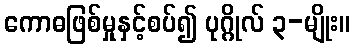
ကောဓဖြစ်မှုနှင့်စပ်၍ ပုဂ္ဂိုလ် ၃-မျိုး။